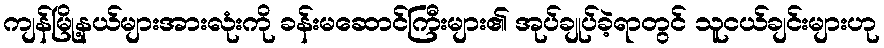
ကျန်မြို့နယ်များအားလုံးကို ခန်းမဆောင်ကြီးများ၏ အုပ်ချုပ်ခဲ့ရာတွင် သူငယ်ချင်းများဟု